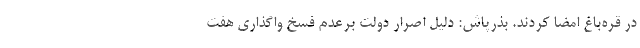
در قره‌باغ امضا کردند. بذرپاش: دلیل اصرار دولت برعدم فسخ واگذاری هفت